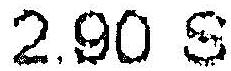
2.90 S